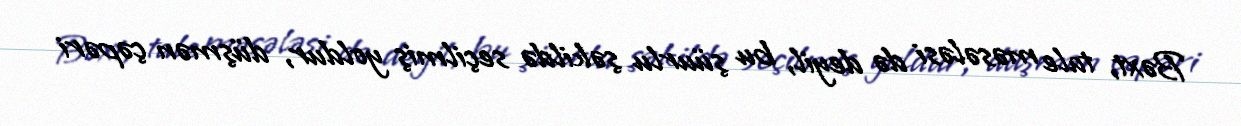
Bəxt, tale məsələsi də deyil, bu şüurlu şəkildə seçilmiş yoldur, düşmən çəpəri